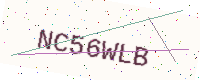
Text: NC56WLB